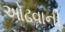
ઓઢવાની